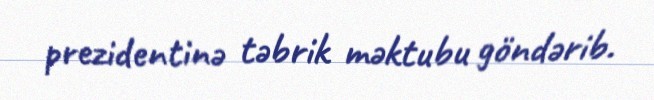
prezidentinə təbrik məktubu göndərib.